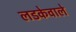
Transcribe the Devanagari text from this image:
लडकेवाले